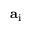
\mathbf { a } _ { \mathrm { i } }